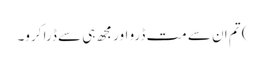
) تم ان سے مت ڈرو اور مجھ ہی سے ڈرا کرو۔